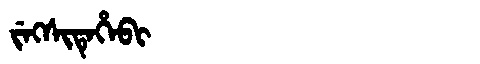
Manchu: ᠵᡝᡴᠰᡳᡨᡝᡥᡝᠪᡳ
Romanization: JEKSITEHEBI